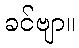
ခင်ဗျာ။